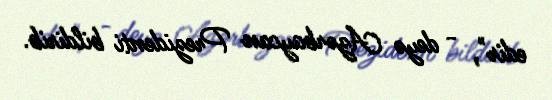
edir", - deyə Azərbaycan Prezidenti bildirib.